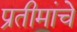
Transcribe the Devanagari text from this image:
प्रतीमांचे